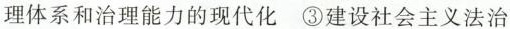
理体系和治理能力的现代化③建设社会主义法治